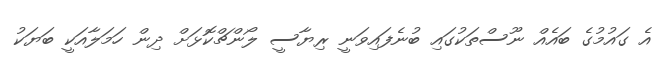
އެ ގައުމުގެ ބައެއް ނޫސްތަކުގައި ބުނެފައިވަނީ ރިޔާސީ ލޯންޗްކޮޅަށް ދިން ހަމަލާއަކީ ބަޔަކު